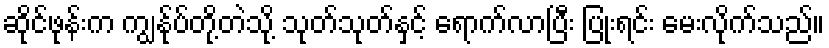
ဆိုင်ဖုန်းက ကျွန်ုပ်တို့တဲသို့ သုတ်သုတ်နှင့် ရောက်လာပြီး ပြုံးရင်း မေးလိုက်သည်။